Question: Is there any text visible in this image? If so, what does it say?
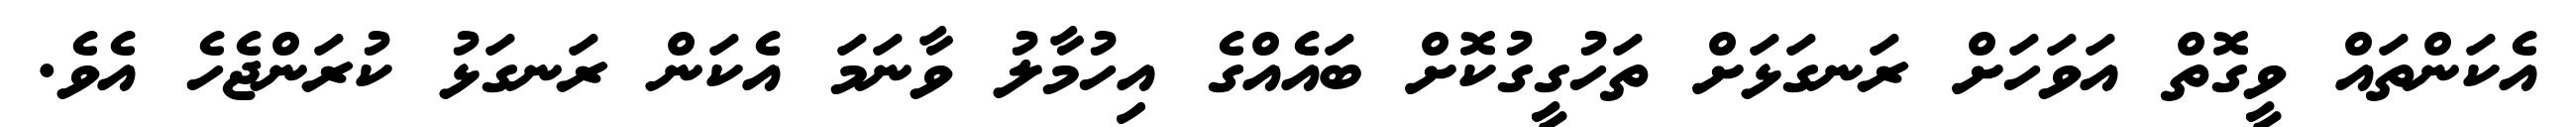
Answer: އެކަންތައް ވީގޮތް އަވަހަށް ރަނގަޅަށް ތަހުގީގުކޮށް ބައެއްގެ އިހުމާލު ވާނަމަ އެކަން ރަނގަޅު ކުރަންޖެހެ އެވެ.